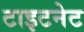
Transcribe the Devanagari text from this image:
टाइटनेट